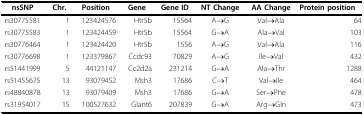
<table><thead><tr><td><b>nsSNP</b></td><td><b>Chr.</b></td><td><b>Position</b></td><td><b>Gene</b></td><td><b>Gene ID</b></td><td><b>NT Change</b></td><td><b>AA Change</b></td><td><b>Protein position</b></td></tr></thead><tbody><tr><td>rs30775581</td><td>1</td><td>123424576</td><td>Htr5b</td><td>15564</td><td>A→G</td><td>Val→Ala</td><td>64</td></tr><tr><td>rs30775583</td><td>1</td><td>123424459</td><td>Htr5b</td><td>15564</td><td>G→A</td><td>Ala→Val</td><td>103</td></tr><tr><td>rs30776464</td><td>1</td><td>123424420</td><td>Htr5b</td><td>1556</td><td>A→G</td><td>Val→Ala</td><td>116</td></tr><tr><td>rs30776698</td><td>1</td><td>123379867</td><td>Ccdc93</td><td>70829</td><td>A→G</td><td>Ile→Val</td><td>432</td></tr><tr><td>rs51441999</td><td>5</td><td>44121147</td><td>Cc2d2a</td><td>231214</td><td>G→A</td><td>Ala→Thr</td><td>1288</td></tr><tr><td>rs51455675</td><td>13</td><td>93079452</td><td>Msh3</td><td>17686</td><td>C→T</td><td>Val→Ile</td><td>464</td></tr><tr><td>rs48840878</td><td>13</td><td>93079409</td><td>Msh3</td><td>17686</td><td>G→A</td><td>Ser→Phe</td><td>478</td></tr><tr><td>rs31954017</td><td>15</td><td>100527632</td><td>Glant6</td><td>207839</td><td>G→A</td><td>Arg→Gln</td><td>473</td></tr></tbody></table>